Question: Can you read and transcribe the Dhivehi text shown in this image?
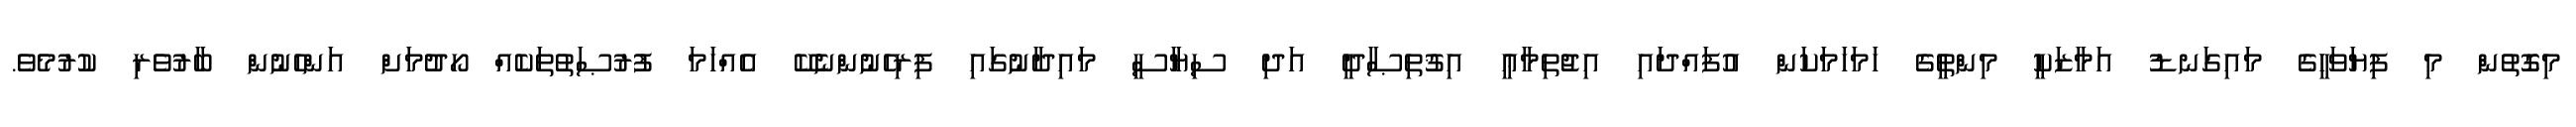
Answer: މިގޮތުން މި ފިޔަވަހީގެ މައިގަނޑު އަމާޒަކީ މިންތީގެ ހަމަހަމަކަން އުފައްދައި އިޖުތިމާޢީ އިޤުތިޞާދީ އަދި ސިޔާސީ މައިދާނުގައި ފިރިހެނުންނެކޭ އެއްހަމަ ފުރުޞަތުތަކެއް ހޯދުމަށް އަންހެނުން ބާރުވެރި ކުރުމެވެ.